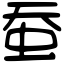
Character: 蚕